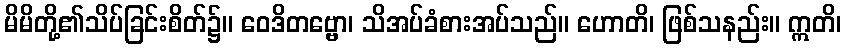
မိမိတို့၏သိပ်ခြင်းစိတ်၌။ ဝေဒိတဗ္ဗော၊ သိအပ်ခံစားအပ်သည်။ ဟောတိ၊ ဖြစ်သနည်း။ ဣတိ၊